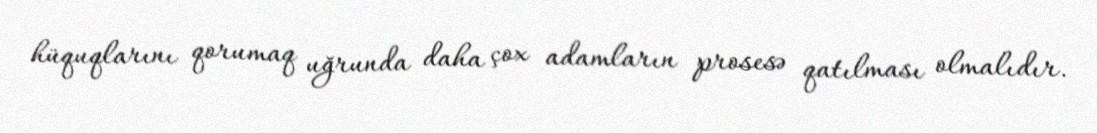
hüquqlarını qorumaq uğrunda daha çox adamların prosesə qatılması olmalıdır.